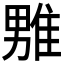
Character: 𪟦